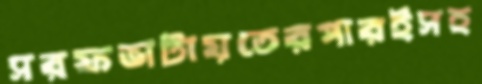
সরফভাটায়তেরপারইসহ